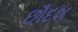
છૌદશ